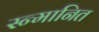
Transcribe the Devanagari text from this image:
स्न्मानित